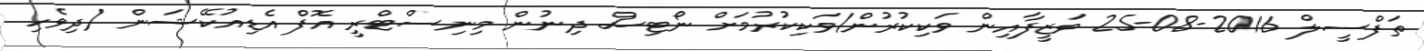
ތަފްސީލް 2016-08-25 ވަޒީފާއިން ވަކިކުރުން/ވަކިކުރުމަށް ނޯޓިސް ދިނުން މިނިސްޓްރީ އޮފް އެޑިއުކޭޝަން (ދިވެހި